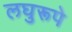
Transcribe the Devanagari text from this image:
लघुरूपे